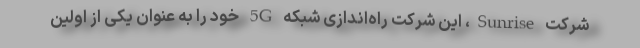
شرکت Sunrise، این شرکت راه‌اندازی شبکه 5G خود را به عنوان یکی از اولین